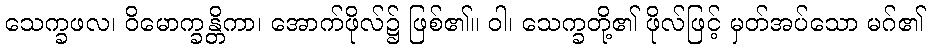
သေက္ခဖလ၊ ဝိမောက္ခန္တိကာ၊ အောက်ဖိုလ်၌ ဖြစ်၏။ ဝါ၊ သေက္ခတို့၏ ဖိုလ်ဖြင့် မှတ်အပ်သော မဂ်၏